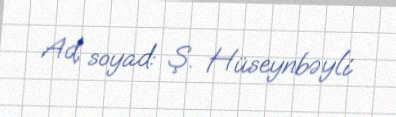
Ad, soyad: Ş. Hüseynbəyli